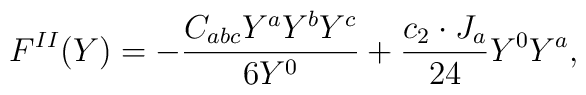
F^{II}(Y)=-{{C_{abc}Y^aY^bY^c}\over{6Y^0}}+{{c_2\cdot J_a}\over{24}}Y^0Y^a,